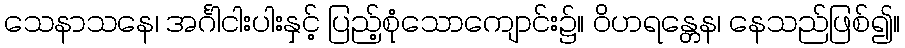
သေနာသနေ၊ အင်္ဂါငါးပါးနှင့် ပြည့်စုံသောကျောင်း၌။ ဝိဟရန္တေန၊ နေသည်ဖြစ်၍။